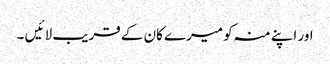
اور اپنے منہ کو میرے کان کے قریب لا ئیں ۔